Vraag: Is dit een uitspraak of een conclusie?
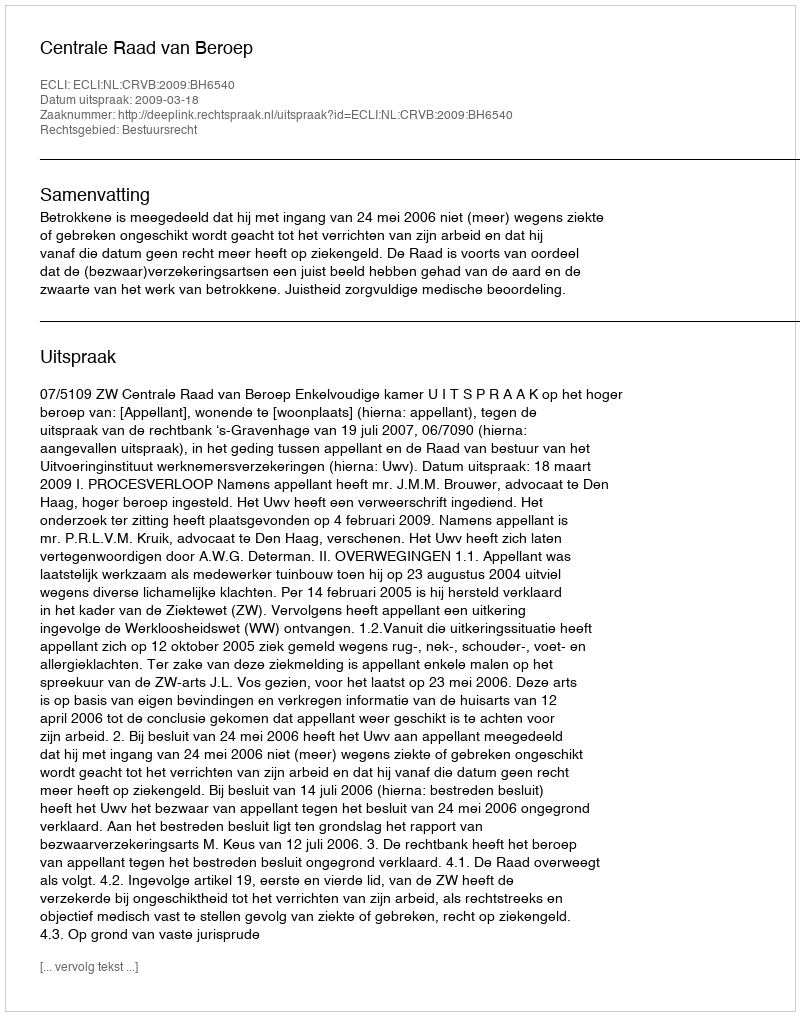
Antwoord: Uitspraak